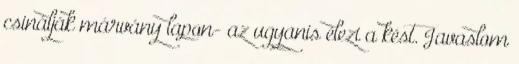
csinálják márvány lapon- az ugyanis élezi a kést. Javaslom